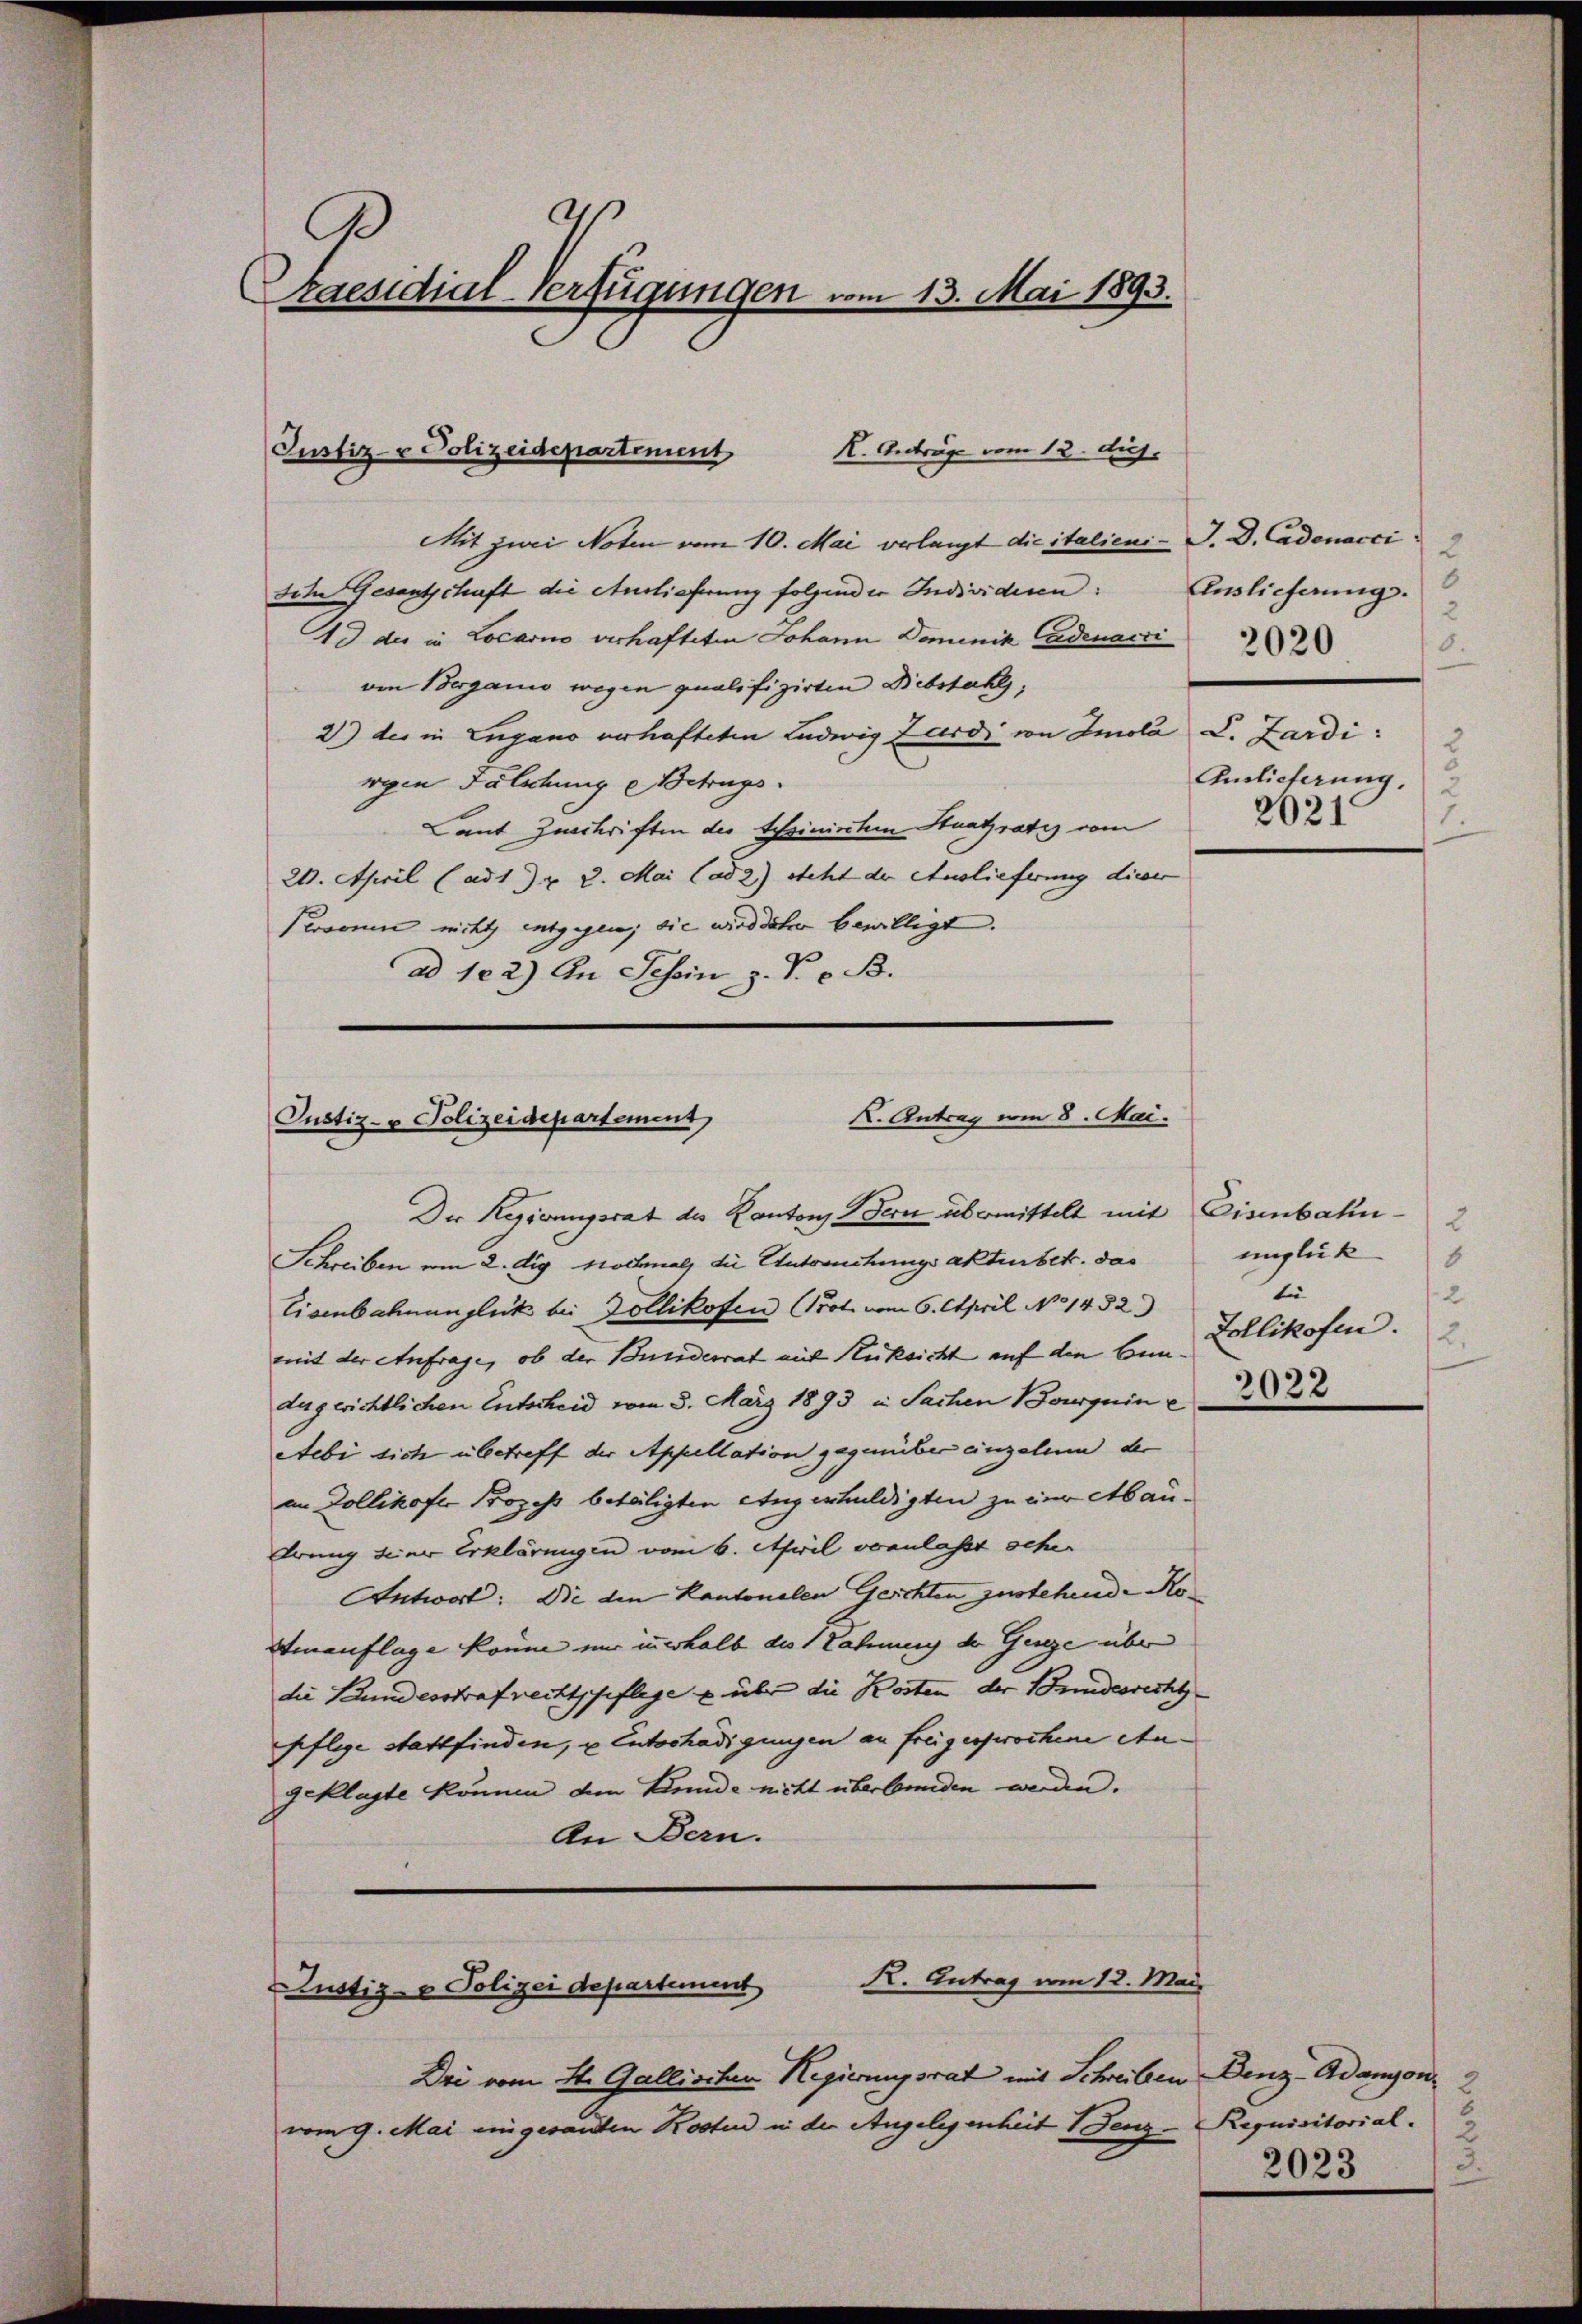
s
Praesidial-Verfügungen vom 13. Mai 1893.

Mit zwei Noten vom 10. Mai verlangt die italieni- J. D. Cadenacci
Iche Gesantschaft die Auslieferung folgender Individiren:
4 der in Locarno verhafteten Johann Dominik adenacci
von Berganio wegen qualifizirten Diebstahls,
2) des in Engano verhafteten Ludwig Zardi von Imola D. Zardi:
ryen Fälschung Betrugs
Laut Zuschriften des tessinisten Staatsrates vom
20. April (ad 1) u. 2. Mai (ad 2) steht der Auslieferung dieser
Personen nicht entgegen; die wird daher bewilligt.
ad 122) An Tessin z. P. v. B.

Justiz- & Polizeidepartement
K. Antrag vom 12. huj.

X. Antrag vom 8. Mai.
Justiz- & Polizeidepartement

Der Regierungsrat des Kantons Bern übermittelt mit Eisenbahn¬
Schreiben am 2. dig. Nochmals die Unternehungsakten betr. das unglük
Eisenbahnunglück bei Zollikofen Prot vom 6. April No 1432)
mit der Anfrage, ob der Bunderrat mit Rüksicht auf den Bundugerichtlichen Entscheid vom 3. März 1893 in Sachen Boguin e
Aebi sich übetreff der Appellation gegenüber einzelne der
an Dollikofer Prozeß betätigten Angeschuldigten zu der Abau¬
Arung seine Erklärungen vom 6. April veranlasst schen
Antwort: Die den Kantonalen Gerichten zustehende Ko¬
Hinauflage könne um innerhalb des 1 Lahnung der Genze über
die Bundesstrafrechtspflege & über die Kosten der Bundesrecht
feflige stattfinden, u. Entschädigungen an freigesprochene An-
geklagte können den Bunde nicht überbanden werden.
An Bern.

R. Antrag vom 12. Mai
Zustiz- & Polizei departement

Dri vom 11. Gallischen Regierungsrat mit Schreiben Benz-Adanyon, 2
vom 9. Mai eingesandten Kosten in der Angelegenheit 1 Denz-Requisitorial.

2
6
Auslieferung.
2
8.
Auslieferung.
1
2021.

2020

2
6
ti
2
Zollikofen. 2.
3022

2023